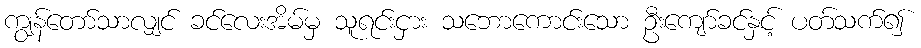
ကျွန်တော်သာလျှင် ခင်လေးအိမ်မှ သူရင်းငှား သဘောကောင်းသော ဦးကျော်ခင်နှင့် ပတ်သက်၍